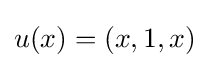
u(x)=(x,1,x)